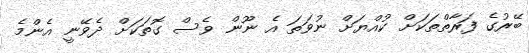
ބޭރުގެ ފަރާތްތަކަށް ކުއްޔަށް ނުވަަތަ އެ ނޫން ވެސް ގޮތަކަށް ދެވޭނީ އެންމެ